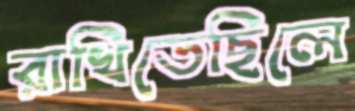
রাখিতেছিলে